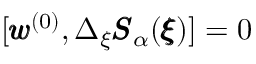
[ { \pmb w } ^ { ( 0 ) } , \Delta _ { \xi } { \pmb S } _ { \alpha } ( { \pmb \xi } ) ] = 0